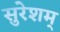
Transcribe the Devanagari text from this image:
सुरेशम्‌